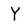
Character: Y